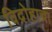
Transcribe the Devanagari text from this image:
विद्रोहाचा